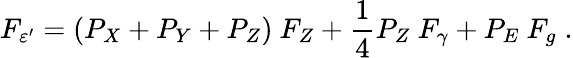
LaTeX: F_{\varepsilon^{\prime}}=(P_{X}+P_{Y}+P_{Z})~F_{Z}+{\frac{1}{4}}P_{Z}~F_{\gamma}+P_{E}~F_{g}\; .